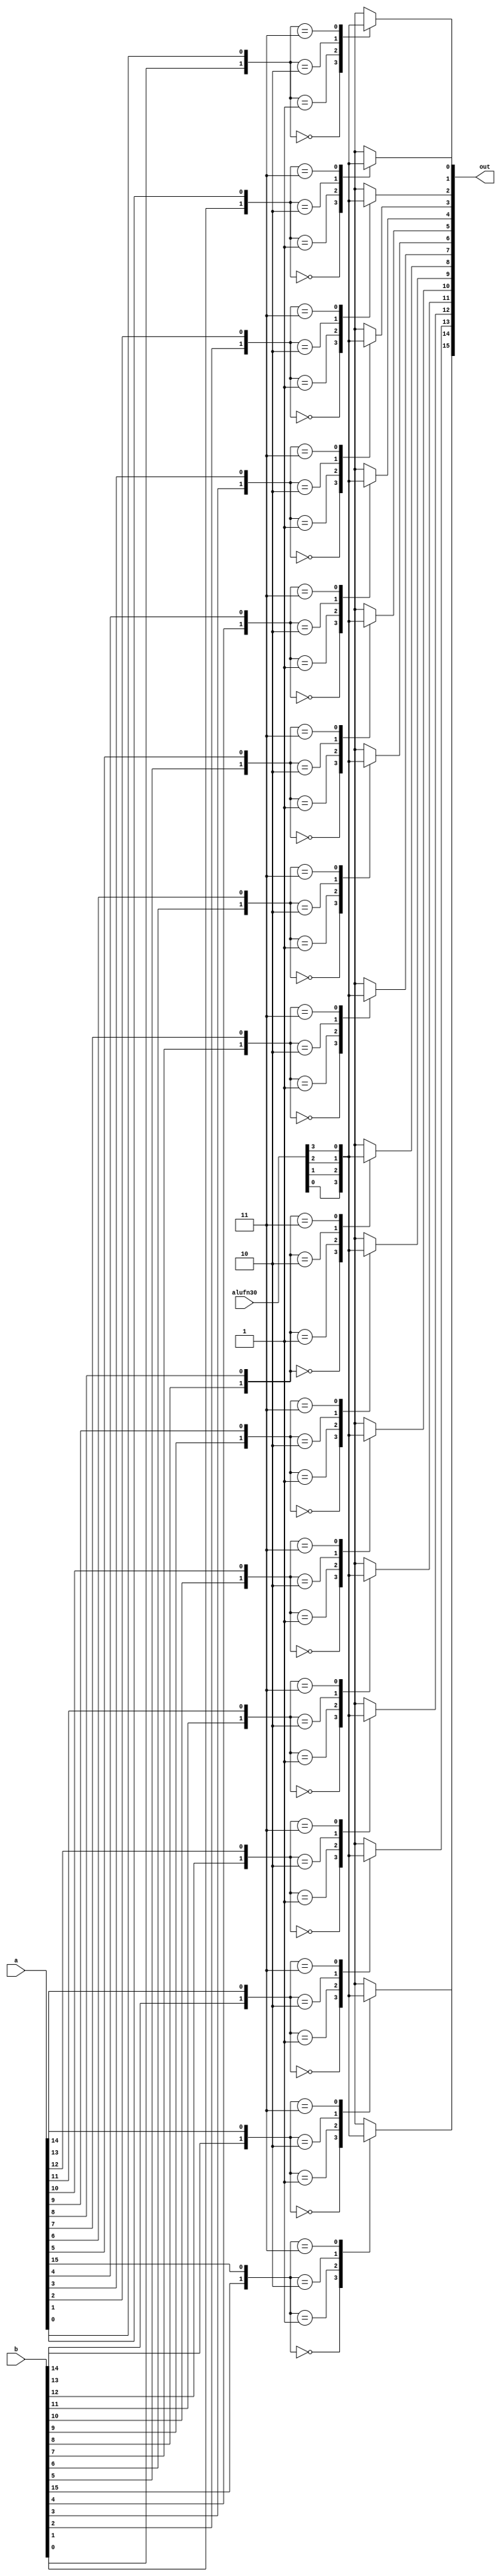
/*
   This file was generated automatically by Alchitry Labs version 1.2.1.
   Do not edit this file directly. Instead edit the original Lucid source.
   This is a temporary file and any changes made to it will be destroyed.
*/

module bool16bit_17 (
    input [15:0] a,
    input [15:0] b,
    input [3:0] alufn30,
    output reg [15:0] out
  );
  
  
  
  reg [31:0] selector;
  
  integer i;
  
  always @* begin
    out = 1'h0;
    for (i = 1'h0; i < 5'h10; i = i + 1) begin
      selector[(i)*2+1+0-:1] = b[(i)*1+0-:1];
      selector[(i)*2+0+0-:1] = a[(i)*1+0-:1];
    end
    for (i = 1'h0; i < 5'h10; i = i + 1) begin
      
      case (selector[(i)*2+1-:2])
        2'h0: begin
          out[(i)*1+0-:1] = alufn30[0+0-:1];
        end
        2'h1: begin
          out[(i)*1+0-:1] = alufn30[1+0-:1];
        end
        2'h2: begin
          out[(i)*1+0-:1] = alufn30[2+0-:1];
        end
        2'h3: begin
          out[(i)*1+0-:1] = alufn30[3+0-:1];
        end
      endcase
    end
  end
endmodule